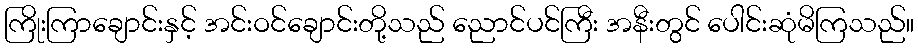
ကြိုးကြာချောင်းနှင့် အင်းဝင်ချောင်းတို့သည် ညောင်ပင်ကြီး အနီးတွင် ပေါင်းဆုံမိကြသည်။